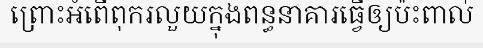
ព្រោះអំពើពុករលួយក្នុងពន្ធនាគារធ្វើឲ្យប៉ះពាល់